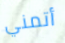
أتمني